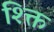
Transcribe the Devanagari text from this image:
श्क्ति